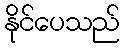
နိုင်ပေသည်